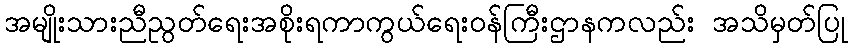
အမျိုးသားညီညွတ်ရေးအစိုးရကာကွယ်ရေးဝန်ကြီးဌာနကလည်း အသိမှတ်ပြု